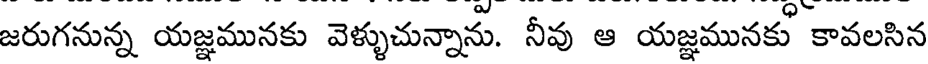
జరుగనున్న యజ్ఞమునకు వెళ్ళుచున్నాను. నీవు ఆ యజ్ఞమునకు కావలసిన